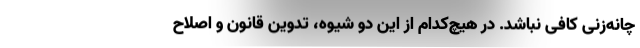
چانه‌زنی کافی نباشد. در هیچ‌کدام از این دو شیوه، تدوین قانون و اصلاح